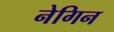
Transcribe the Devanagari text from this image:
नेगिन